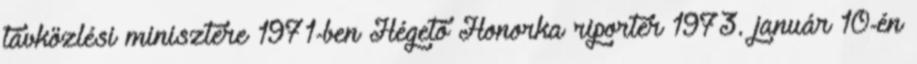
távközlési minisztere 1971-ben Hégető Honorka riporter 1973. január 10-én